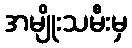
အမျိုးသမီးမှ